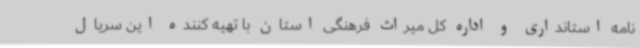
نامه استانداری و اداره کل میراث فرهنگی استان با تهیه کننده این سریال